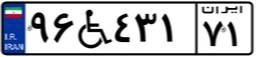
۹۶W۴۳۱۷۱